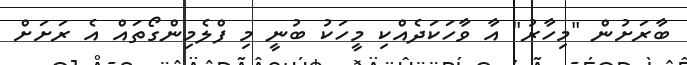
ބާރަށުން "މިހާރު" އާ ވާހަކަދެއްކި މީހަކު ބުނީ މި ފްލެމިންގޯތައް އެ ރަށަށް